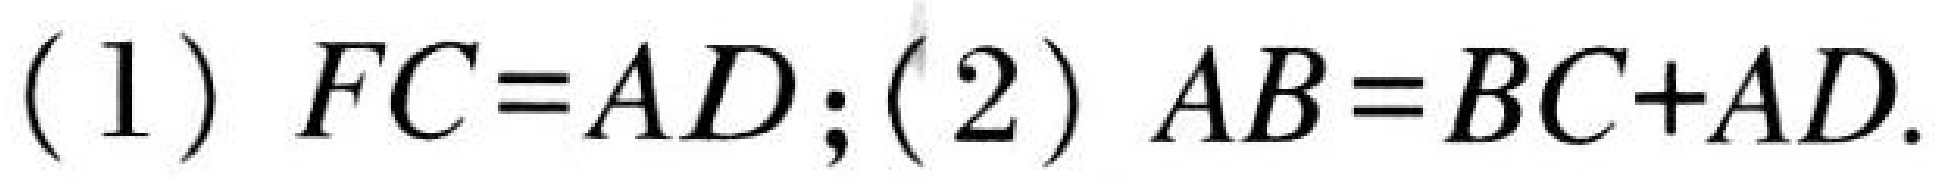
(1)\(FC = AD\);(2)\(AB = BC + AD\).